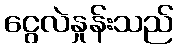
ငွေလဲနှုန်းသည်